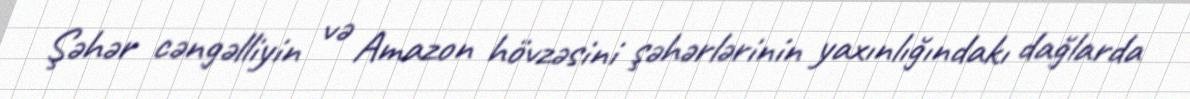
Şəhər cəngəlliyin və Amazon hövzəsini şəhərlərinin yaxınlığındakı dağlarda